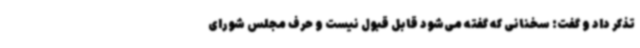
تذکر داد و گفت: سخنانی که گفته می‌شود قابل قبول نیست و حرف مجلس شورای